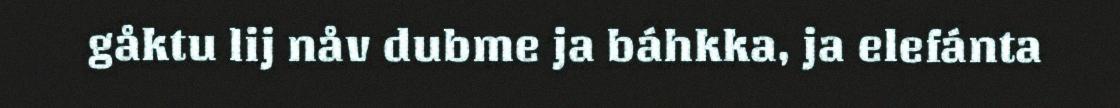
gåktu lij nåv dubme ja báhkka, ja elefánta